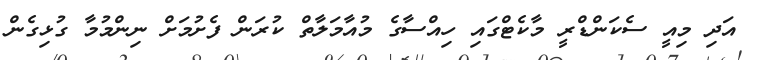
އަދި މިއީ ސެކަންޑްރީ މާކެޓްގައި ހިއްސާގެ މުއާމަލާތް ކުރަން ފެށުމަށް ނިންމުމާ ގުޅިގެން